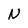
Character: N